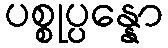
ပစ္စုပ္ပန္နော